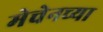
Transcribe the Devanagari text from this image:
मेचेनच्या